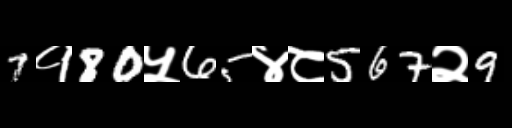
Text: 7१80५65४८567२9